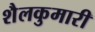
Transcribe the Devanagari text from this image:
शैलकुमारी